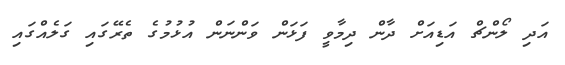
އަދި ލޯންޗް އަޑިއަށް ދާން ދިމާވީ ފަޅަން ވަންނަން އުޅުމުގެ ތެރޭގައި ގަލެއްގައި